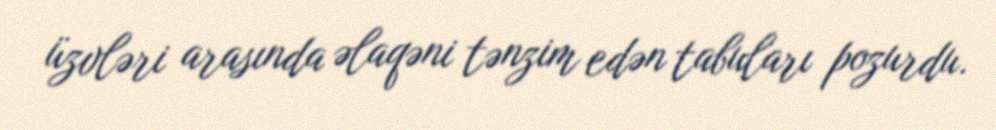
üzvləri arasında əlaqəni tənzim edən tabuları pozurdu.